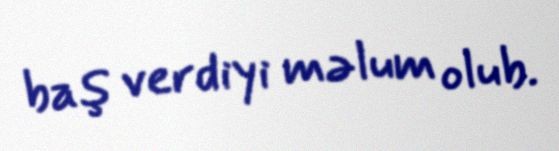
baş verdiyi məlum olub.